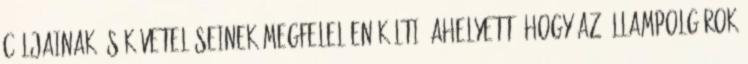
céljainak és követeléseinek megfelelően költi, ahelyett, hogy az állampolgárok